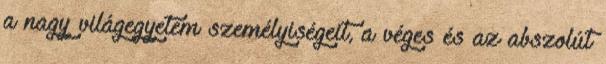
a nagy világegyetem személyiségeit, a véges és az abszolút